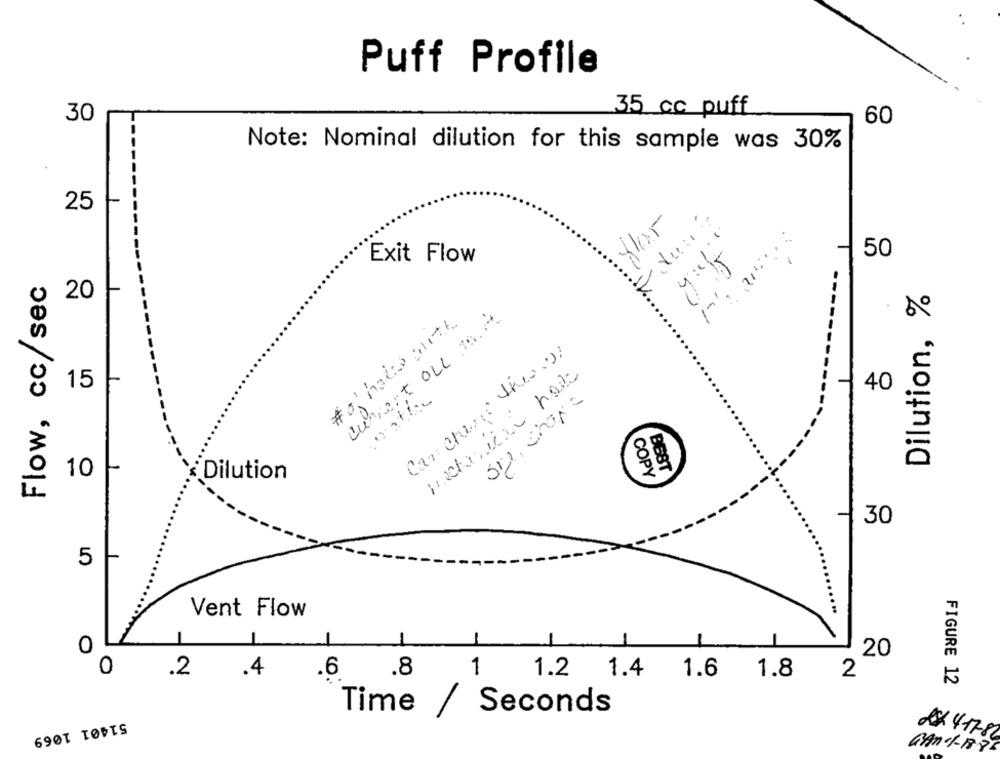
Puff Profile
35 cc puff
30
60
Note: Nominal dilution for this sample was 30%
25
flor
Exit Flow
50
Flow, cc/sec
Dilution, %
20
#o' hare with
current ou tot
Can change the0
15
40
BEST
10
Dilution
COPY
30
5
Vent Flow
0
20
0
.2
.4
.8
1
1.2 1.4
1.6
1.8
2
.6
FIGURE 12
Time
/ Seconds
51401 1069
2x 4-17-82
GAN-1-1886